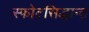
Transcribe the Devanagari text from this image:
स्फोटसिद्धान्त